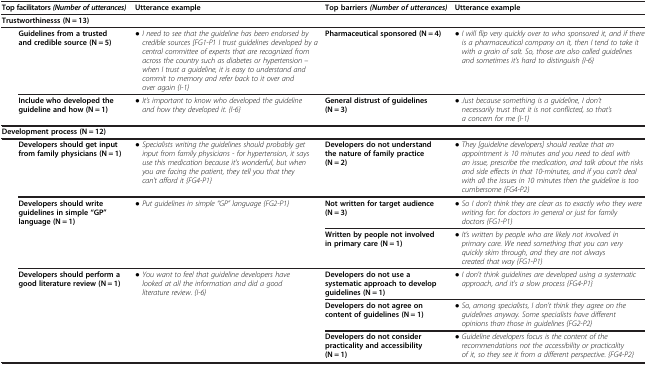
<table><thead><tr><td colspan="2"><b>Top facilitators <i>(Number of utterances)</i></b></td><td><b>Utterance example</b></td><td><b>Top barriers <i>(Number of utterances)</i></b></td><td><b>Utterance example</b></td></tr></thead><tbody><tr><td colspan="5"><b>Trustworthinesss (N = 13)</b></td></tr><tr><td rowspan="2"> </td><td><b>Guidelines from a trusted and credible source (N = 5)</b></td><td><i>● I need to see that the guideline has been endorsed by credible sources [FG1-P1 I trust guidelines developed by a central committee of experts that are recognized from across the country such as diabetes or hypertension – when I trust a guideline, it is easy to understand and commit to memory and refer back to it over and over again {I-1}</i></td><td><b>Pharmaceutical sponsored (N = 4)</b></td><td><i>● I will flip very quickly over to who sponsored it, and if there is a pharmaceutical company on it, then I tend to take it with a grain of salt. So, those are also called guidelines and sometimes it&#x27;s hard to distinguish {I-6}</i></td></tr><tr><td><b>Include who developed the guideline and how (N = 1)</b></td><td><i>● It’s important to know who developed the guideline and how they developed it. {I-6}</i></td><td><b>General distrust of guidelines (N = 3)</b></td><td><i>● Just because something is a guideline, I don’t necessarily trust that it is not conflicted, so that’s a concern for me {I-1}</i></td></tr><tr><td colspan="5"><b>Development process (N = 12)</b></td></tr><tr><td rowspan="6"> </td><td><b>Developers should get input from family physicians (N = 1)</b></td><td><i>● Specialists writing the guidelines should probably get input from family physicians - for hypertension, it says use this medication because it&#x27;s wonderful, but when you are facing the patient, they tell you that they can&#x27;t afford it {FG4-P1}</i></td><td><b>Developers do not understand the nature of family practice (N = 2)</b></td><td><i>● They [guideline developers] should realize that an appointment is 10 minutes and you need to deal with an issue, prescribe the medication, and talk about the risks and side effects in that 10-minutes, and if you can&#x27;t deal with all the issues in 10 minutes then the guideline is too cumbersome {FG4-P2}</i></td></tr><tr><td rowspan="2"><b>Developers should write guidelines in simple “GP” language (N = 1)</b></td><td rowspan="2"><i>● Put guidelines in simple “GP” language {FG2-P1}</i></td><td><b>Not written for target audience (N = 3)</b></td><td><i>● So I don&#x27;t think they are clear as to exactly who they were writing for: for doctors in general or just for family doctors {FG1-P1}</i></td></tr><tr><td><b>Written by people not involved in primary care (N = 1)</b></td><td><i>● It’s written by people who are likely not involved in primary care. We need something that you can very quickly skim through, and they are not always created that way {FG1-P1}</i></td></tr><tr><td rowspan="3"><b>Developers should perform a good literature review (N = 1)</b></td><td rowspan="3"><i>● You want to feel that guideline developers have looked at all the information and did a good literature review. {I-6}</i></td><td><b>Developers do not use a systematic approach to develop guidelines (N = 1)</b></td><td><i>● I don&#x27;t think guidelines are developed using a systematic approach, and it&#x27;s a slow process {FG4-P1}</i></td></tr><tr><td><b>Developers do not agree on content of guidelines (N = 1)</b></td><td><i>● So, among specialists, I don’t think they agree on the guidelines anyway. Some specialists have different opinions than those in guidelines {FG2-P2}</i></td></tr><tr><td><b>Developers do not consider practicality and accessibility (N = 1)</b></td><td><i>● Guideline developers focus is the content of the recommendations not the accessibility or practicality of it, so they see it from a different perspective. {FG4-P2}</i></td></tr></tbody></table>